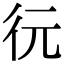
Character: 𢓆